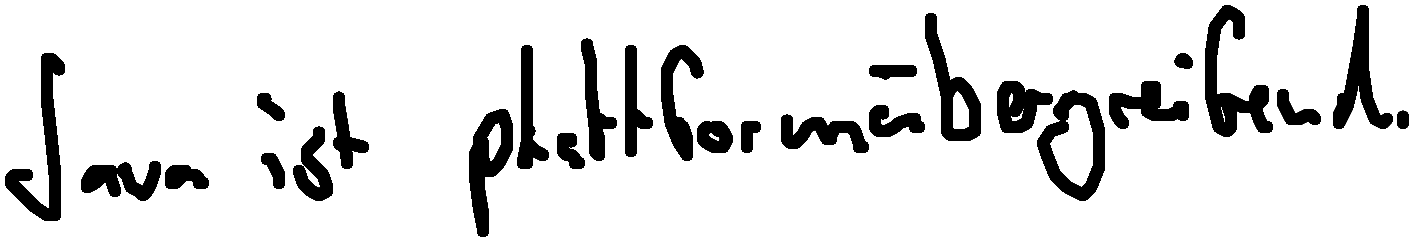
Java ist plattformübergreifend.